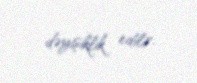
dəyişiklik edilir.